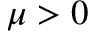
\mu > 0